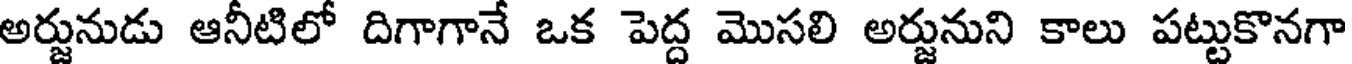
అర్జునుడు ఆనీటిలో దిగాగానే ఒక పెద్ద మొసలి అర్జునుని కాలు పట్టుకొనగా